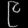
Digit: ၉